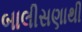
બાલીસણાથી